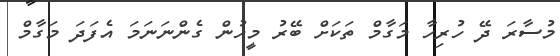
މުސާރަ ދޭ ހުރިހާ މަގާމް ތަަކަށް ބޭރު މީހުން ގެންނަނަމަ އެފަދަ މަގާމް